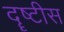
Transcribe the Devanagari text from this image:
दॄष्टीस